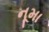
નૂમા